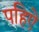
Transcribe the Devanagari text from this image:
पहिऐ